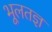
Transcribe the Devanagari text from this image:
भूलतज्ञ